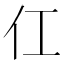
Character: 仜